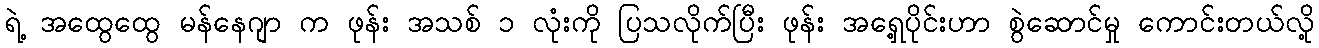
ရဲ့ အထွေထွေ မန်နေဂျာ က ဖုန်း အသစ် ၁ လုံးကို ပြသလိုက်ပြီး ဖုန်း အရှေ့ပိုင်းဟာ စွဲဆောင်မှု ကောင်းတယ်လို့